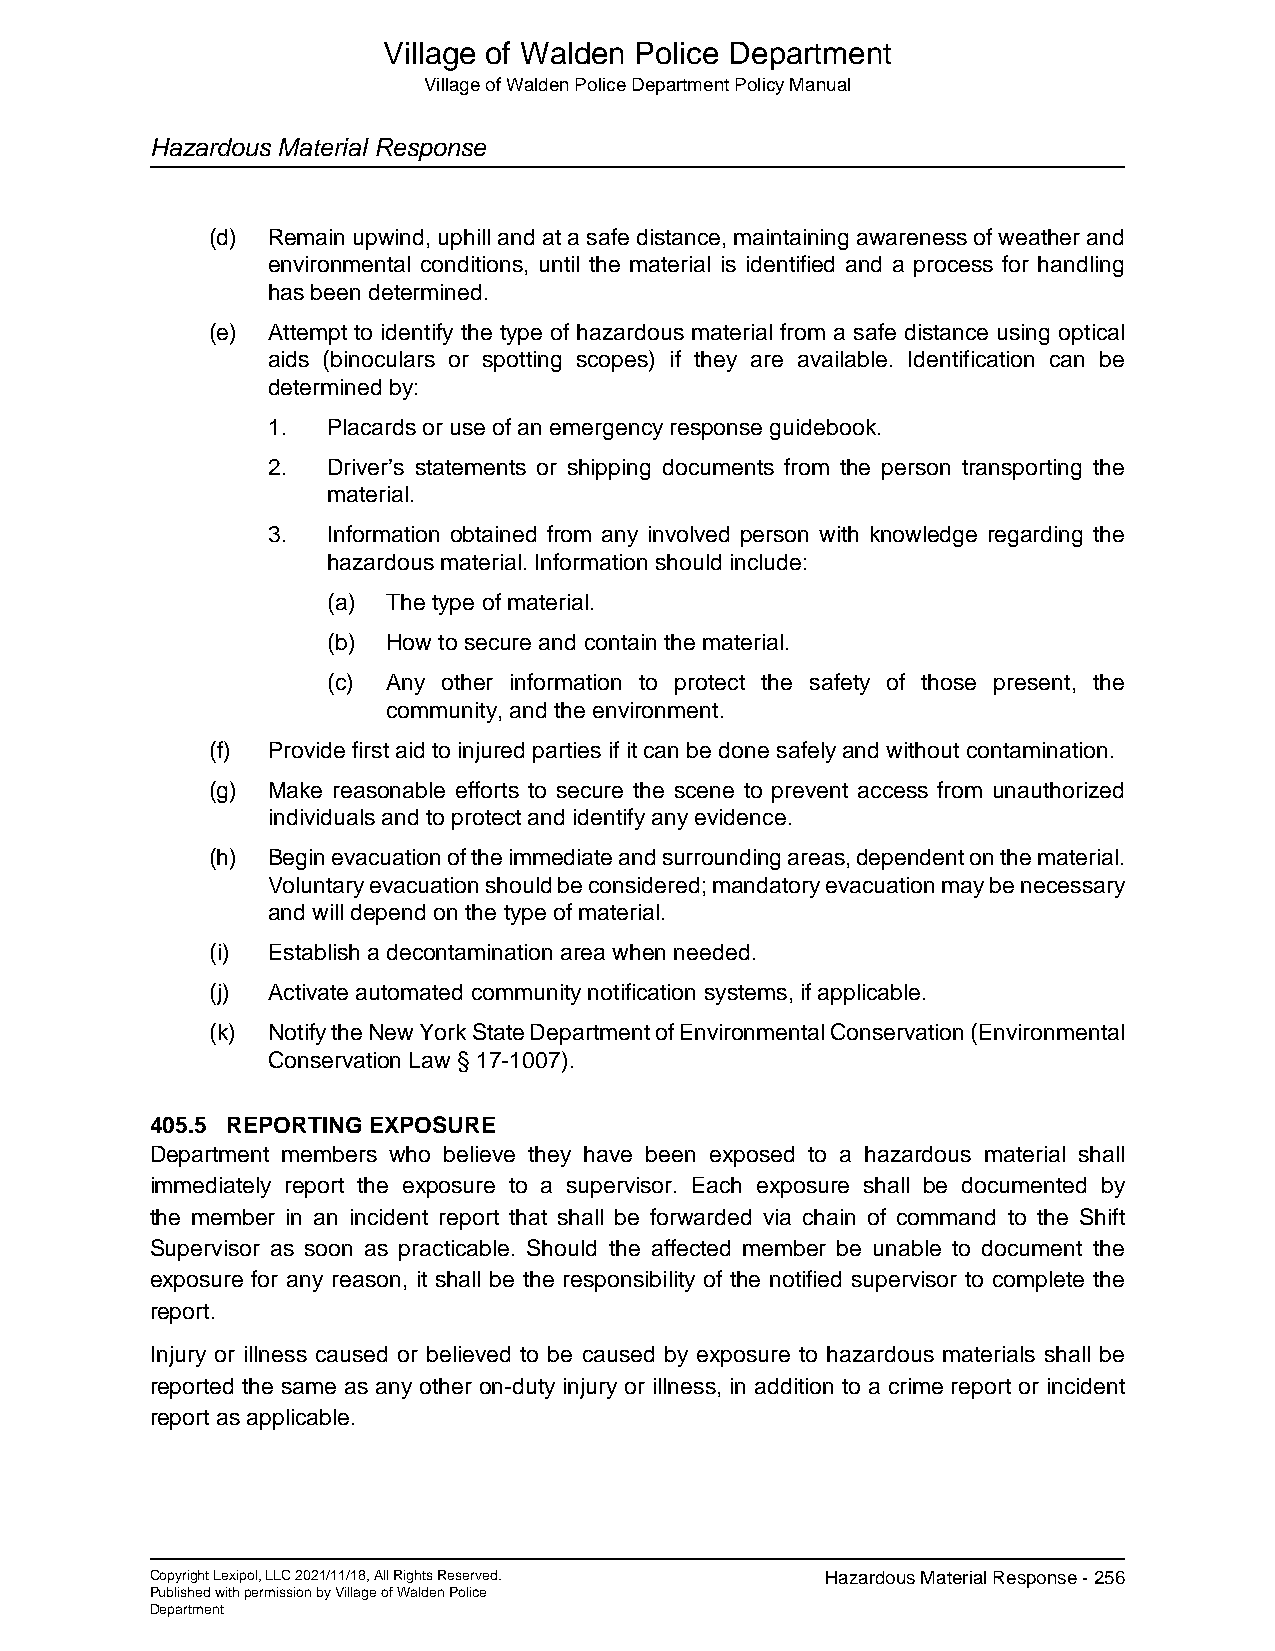
Village of Walden Police Department
 Village of Walden Police Department Policy Manual
 Hazardous Material Response
 (d) Remain upwind, uphill and at a safe distance, maintaining awareness of weather and
 environmental conditions, until the material is identified and a process for handling
 has been determined.
 (e) Attempt to identify the type of hazardous material from a safe distance using optical
 aids (binoculars or spotting scopes) if they are available. Identification can be
 determined by:
 1.  Placards or use of an emergency response guidebook.
 2.  Driver’s statements or shipping documents from the person transporting the
 material.
 3.  Information obtained from any involved person with knowledge regarding the
 hazardous material. Information should include:
 (a) The type of material.
 (b) How to secure and contain the material.
 (c) Any other information to protect the safety of those present, the
 community, and the environment.
 (f) Provide first aid to injured parties if it can be done safely and without contamination.
 (g) Make reasonable efforts to secure the scene to prevent access from unauthorized
 individuals and to protect and identify any evidence.
 (h) Begin evacuation of the immediate and surrounding areas, dependent on the material.
 Voluntary evacuation should be considered; mandatory evacuation may be necessary
 and will depend on the type of material.
 (i) Establish a decontamination area when needed.
 (j) Activate automated community notification systems, if applicable.
 (k) Notify the New York State Department of Environmental Conservation (Environmental
 Conservation Law § 17-1007).
 405.5 REPORTING EXPOSURE
 Department members who believe they have been exposed to a hazardous material shall
 immediately report the exposure to a supervisor. Each exposure shall be documented by
 the member in an incident report that shall be forwarded via chain of command to the Shift
 Supervisor as soon as practicable. Should the affected member be unable to document the
 exposure for any reason, it shall be the responsibility of the notified supervisor to complete the
 report.
 Injury or illness caused or believed to be caused by exposure to hazardous materials shall be
 reported the same as any other on-duty injury or illness, in addition to a crime report or incident
 report as applicable.
 Copyright Lexipol, LLC 2021/11/18, All Rights Reserved. Hazardous Material Response - 256
 Published with permission by Village of Walden Police
 Department